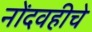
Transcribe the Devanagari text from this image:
नोंदवहीचे